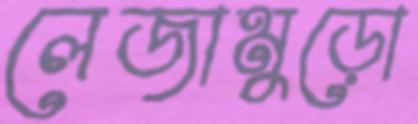
লেজামুড়ো